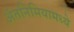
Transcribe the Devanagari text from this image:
ॲतनिमियामध्ये